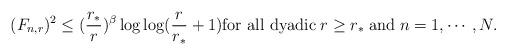
LaTeX: \begin{align*}(F_{n,r})^2\le(\frac{r_*}{r})^\beta\log\log(\frac{r}{r_*}+1)\mbox{for all dyadic}\;r\ge r_*\;\mbox{and}\;n=1,\cdots,N.\end{align*}